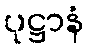
ပုဋ္ဌာနံ